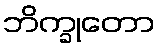
ဘိက္ခုတော